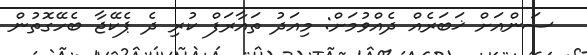
ސަންއަށް ޚަބަރެއް ދެއްވުމަށް: މިއަދު ތައާރަފް ކުރި ދެ ޕެކޭޖާ ބެހޭގޮތުން